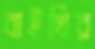
বাইখির